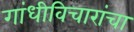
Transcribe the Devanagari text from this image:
गांधीविचारांचा